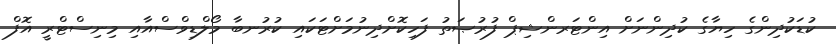
ކުޑަކުދިންގެ ހިޔާގެ ކުދިންނަށް އިންޓަރންޝިޕް ފުރުޞަތު ފަހިކޮށްދިނުމަށްޓަކައި ކުރުނބާ މޯލްޑިވްސްއާއި މިނިސްޓްރީ އޮފް